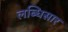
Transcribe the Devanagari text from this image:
लब्धिसार